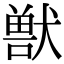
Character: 獣